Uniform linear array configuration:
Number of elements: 24
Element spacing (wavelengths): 1
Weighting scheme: exponential
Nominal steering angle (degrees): -45
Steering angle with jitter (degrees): -44.509
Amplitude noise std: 0.05
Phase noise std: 0.05

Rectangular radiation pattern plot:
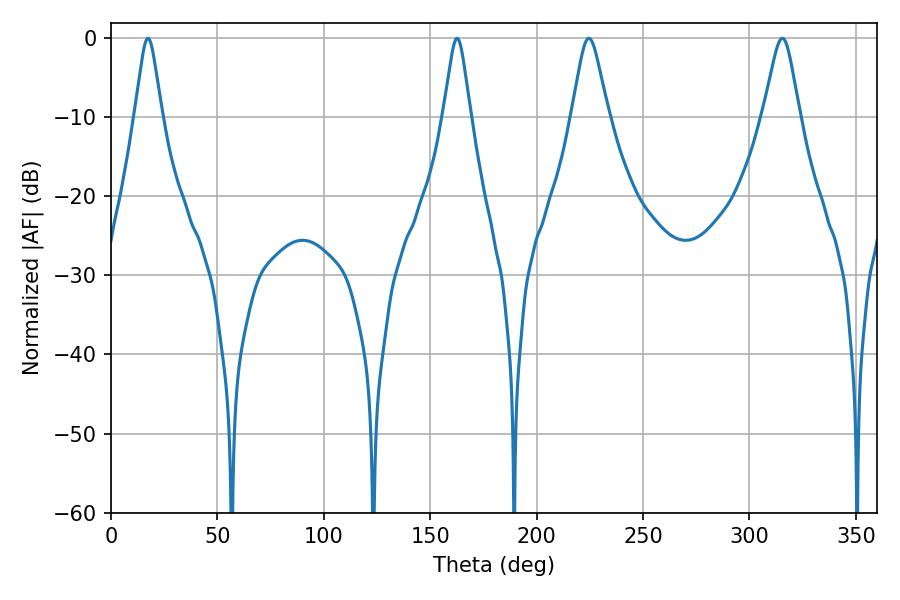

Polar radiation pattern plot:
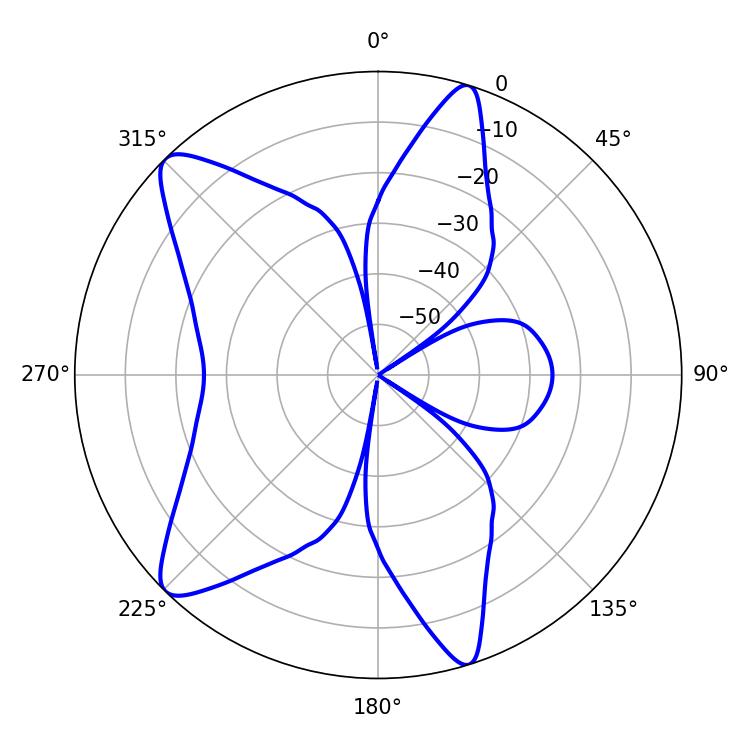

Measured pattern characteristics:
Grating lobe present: TRUE
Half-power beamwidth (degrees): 8.1
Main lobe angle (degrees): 224.46